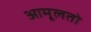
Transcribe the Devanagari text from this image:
आमूलतो